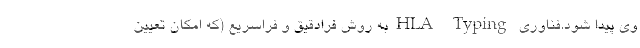
وی پیدا شود.فناوری HLA Typingبه روش فرادقیق و فراسریع (كه امكان تعیین